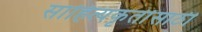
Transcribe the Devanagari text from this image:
साहित्यकृतींसाठी